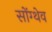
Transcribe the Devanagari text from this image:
सोंग्थेव